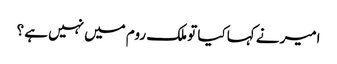
امیر نے کہا کیا تو ملک روم میں نہیں ہے ؟